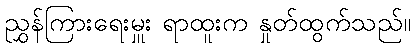
ညွှန်ကြားရေးမှူး ရာထူးက နှုတ်ထွက်သည်။